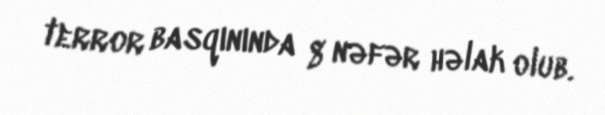
terror basqınında 8 nəfər həlak olub.